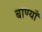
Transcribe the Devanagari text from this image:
बाण्याँ